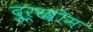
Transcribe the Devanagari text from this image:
दुूर्खीम